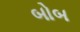
બોબ